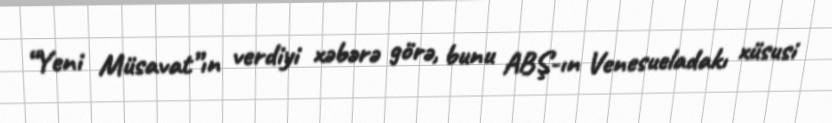
“Yeni Müsavat”ın verdiyi xəbərə görə, bunu ABŞ-ın Venesueladakı xüsusi